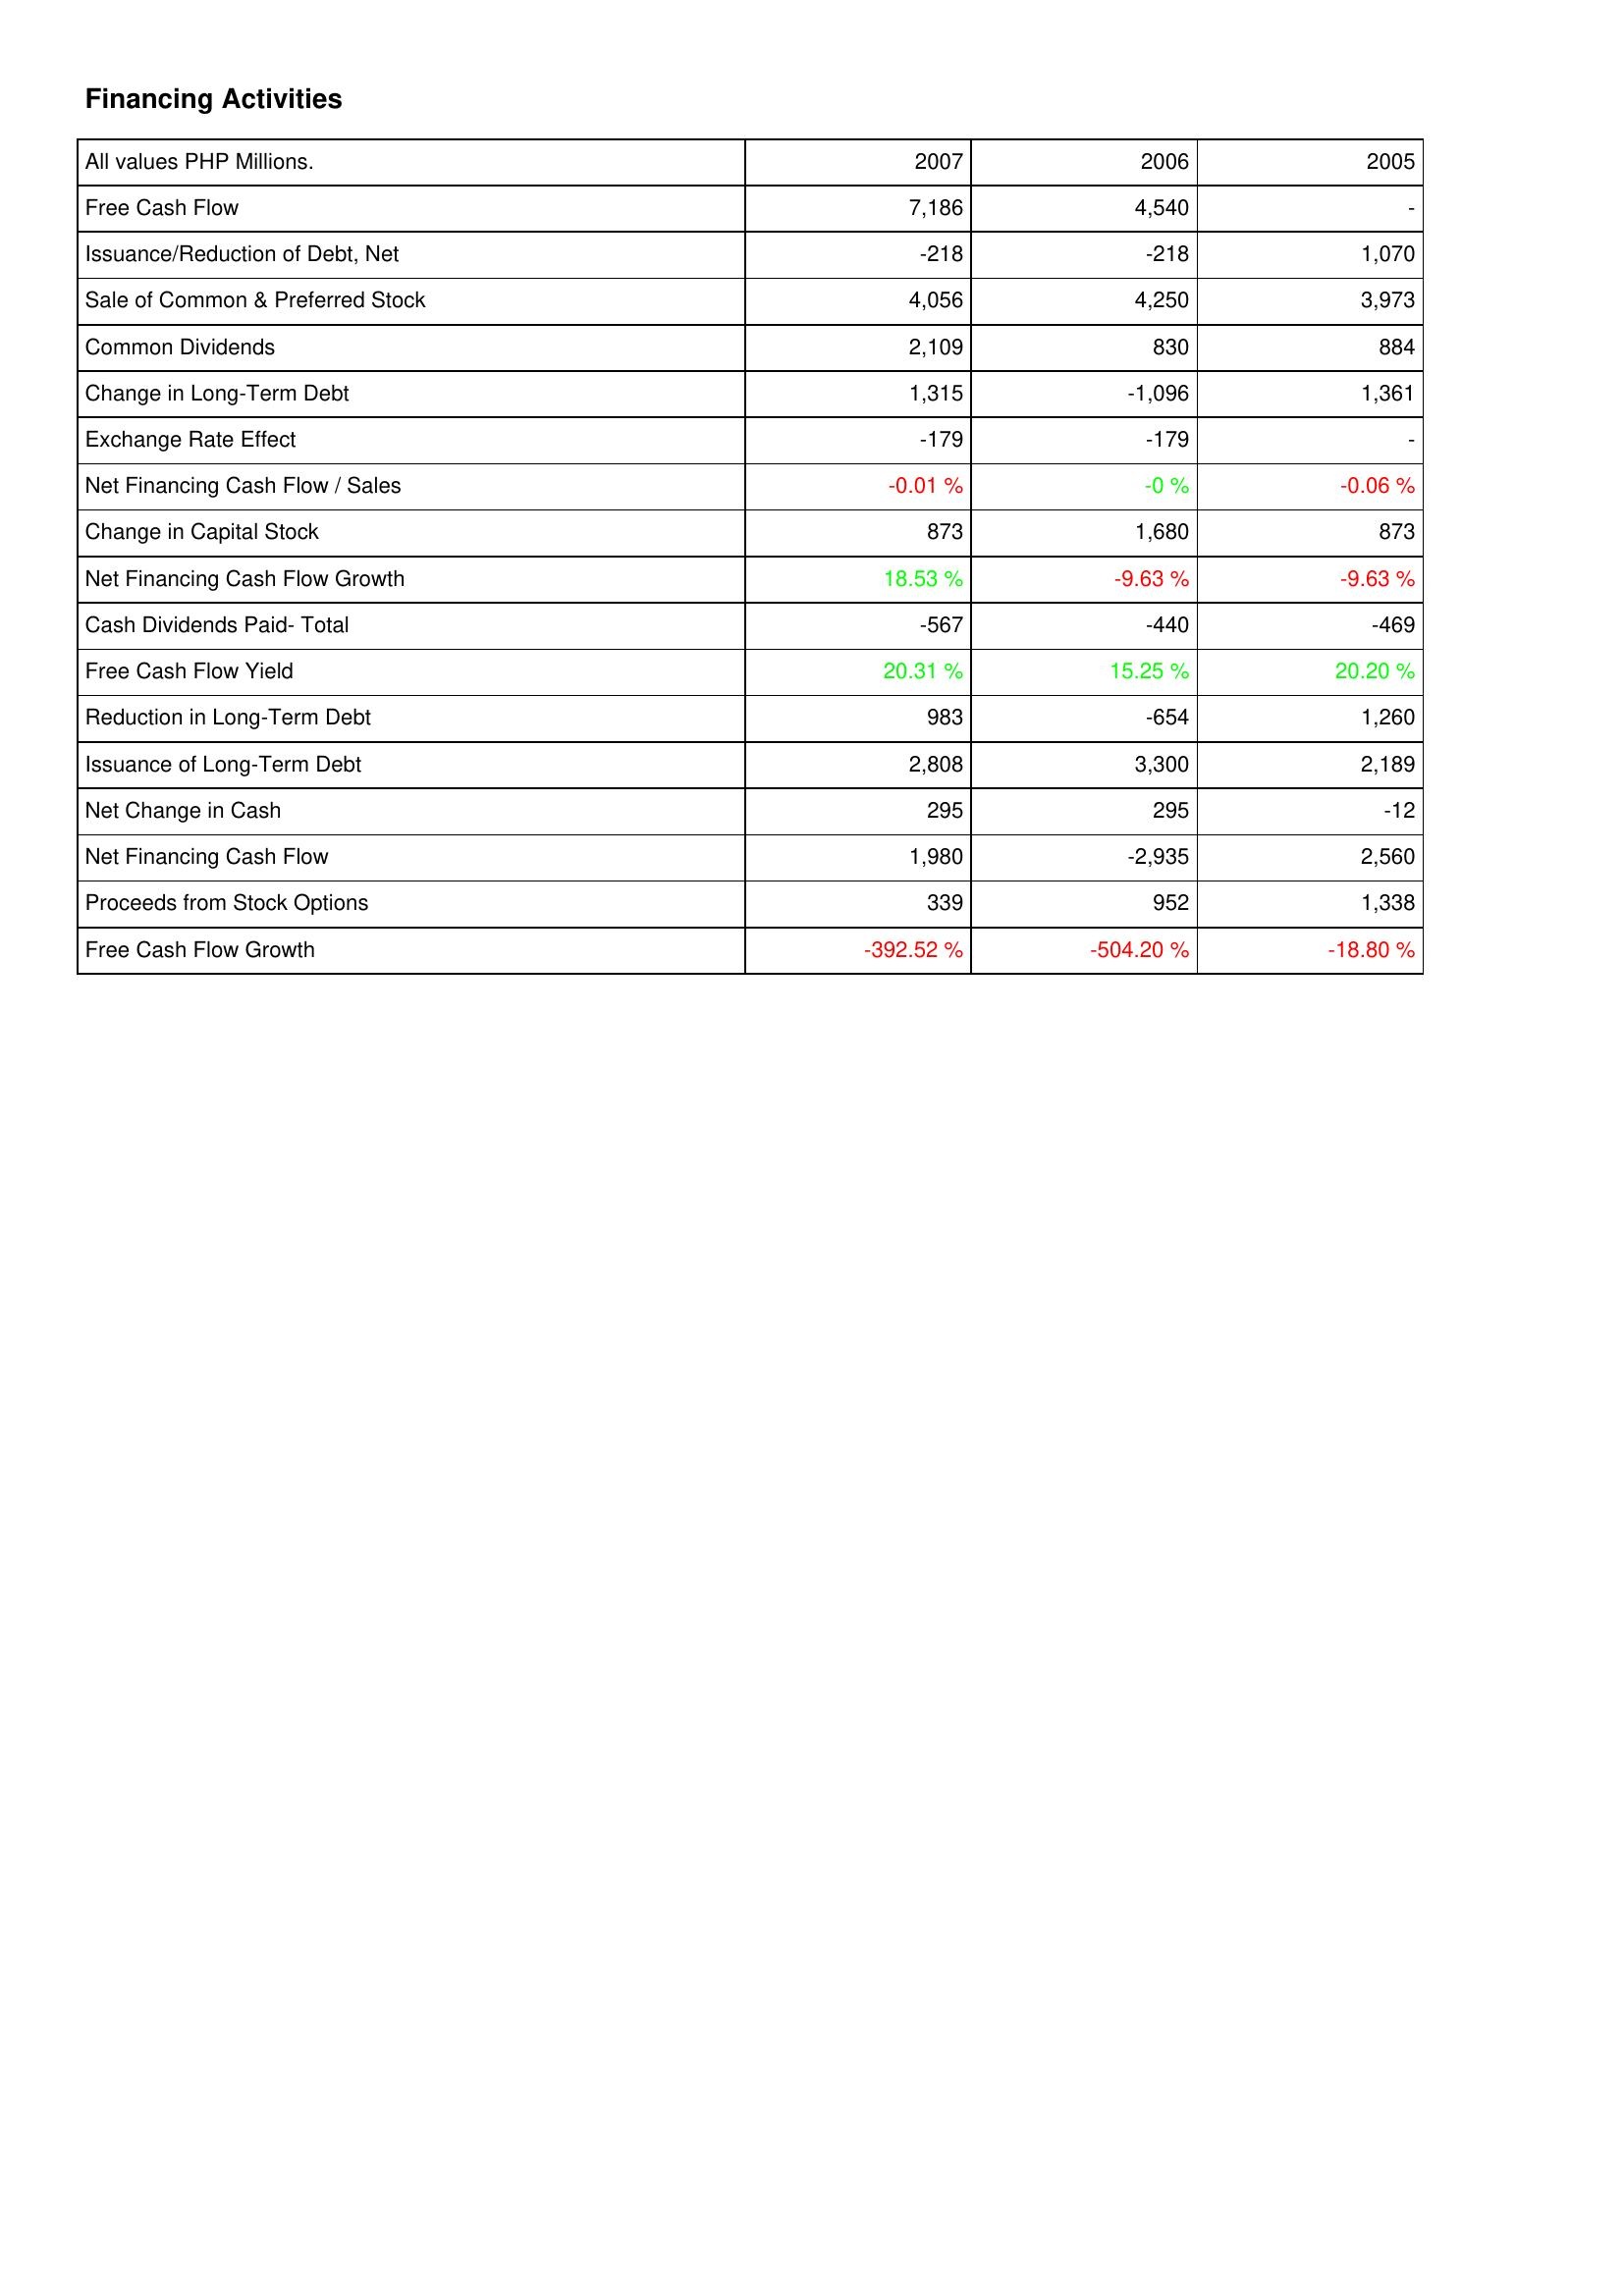
2007: Financing Activities: Free Cash Flow: 7,186
Issuance/Reduction of Debt, Net: -218
Sale of Common & Preferred Stock: 4,056
Common Dividends: 2,109
Change in Long-Term Debt: 1,315
Exchange Rate Effect: -179
Net Financing Cash Flow / Sales: -0.01 %
Change in Capital Stock: 873
Net Financing Cash Flow Growth: 18.53 %
Cash Dividends Paid- Total: -567
Free Cash Flow Yield: 20.31 %
Reduction in Long-Term Debt: 983
Issuance of Long-Term Debt: 2,808
Net Change in Cash: 295
Net Financing Cash Flow: 1,980
Proceeds from Stock Options: 339
Free Cash Flow Growth: -392.52 %
2006: Financing Activities: Free Cash Flow: 4,540
Issuance/Reduction of Debt, Net: -218
Sale of Common & Preferred Stock: 4,250
Common Dividends: 830
Change in Long-Term Debt: -1,096
Exchange Rate Effect: -179
Net Financing Cash Flow / Sales: -0 %
Change in Capital Stock: 1,680
Net Financing Cash Flow Growth: -9.63 %
Cash Dividends Paid- Total: -440
Free Cash Flow Yield: 15.25 %
Reduction in Long-Term Debt: -654
Issuance of Long-Term Debt: 3,300
Net Change in Cash: 295
Net Financing Cash Flow: -2,935
Proceeds from Stock Options: 952
Free Cash Flow Growth: -504.20 %
2005: Financing Activities: Free Cash Flow: -
Issuance/Reduction of Debt, Net: 1,070
Sale of Common & Preferred Stock: 3,973
Common Dividends: 884
Change in Long-Term Debt: 1,361
Exchange Rate Effect: -
Net Financing Cash Flow / Sales: -0.06 %
Change in Capital Stock: 873
Net Financing Cash Flow Growth: -9.63 %
Cash Dividends Paid- Total: -469
Free Cash Flow Yield: 20.20 %
Reduction in Long-Term Debt: 1,260
Issuance of Long-Term Debt: 2,189
Net Change in Cash: -12
Net Financing Cash Flow: 2,560
Proceeds from Stock Options: 1,338
Free Cash Flow Growth: -18.80 %